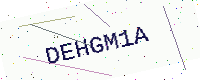
Text: DEHGM1A